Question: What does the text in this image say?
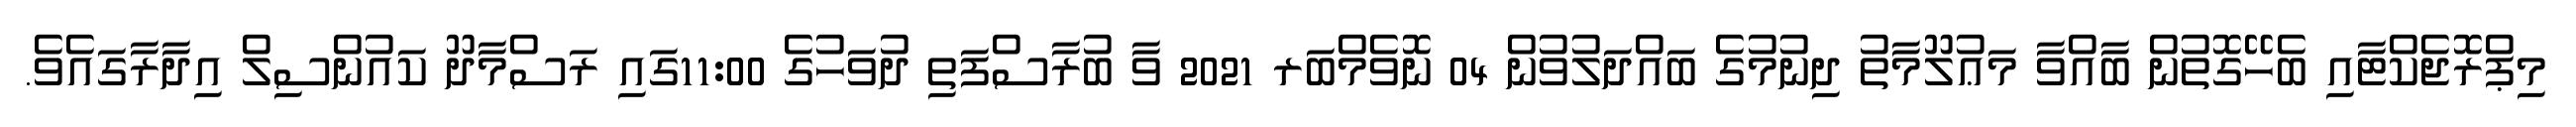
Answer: މިޕްރޮޖެކްޓާއި ބެހޭގޮތުން ބާއްވާ މަޢުލޫމާތު ދިނުމުގެ ބައްދަލުވުން 04 ނޮވެމްބަރ 2021 ވާ ބުރާސްފަތި ދުވަހުގެ 11:00ގައި ރަސްމާދޫ ކައުންސިލް އިދާރާގައެވެ.